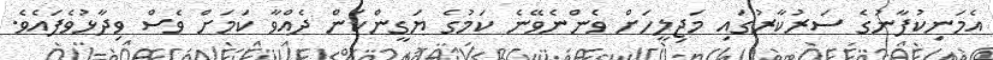
އެމަނިކުފާނުގެ ސަރުކާރުގައި މަޖިލީހަށް ވެންނެވޭނެ ކަމުގެ ޔަގީންކަން ދެއްވާ ކަމަށް ވެސް ވިދާޅުވެފައެވެ.